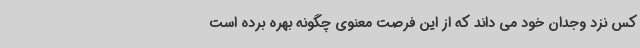
کس نزد وجدان خود می داند که از این فرصت معنوی چگونه بهره برده است